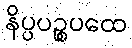
နိပ္ပပဉ္စပထေ